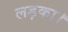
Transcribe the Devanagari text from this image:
लड़का।